Punjab Mental Hospital Lahore 1932-46 - 1932-1946
Year: 1932
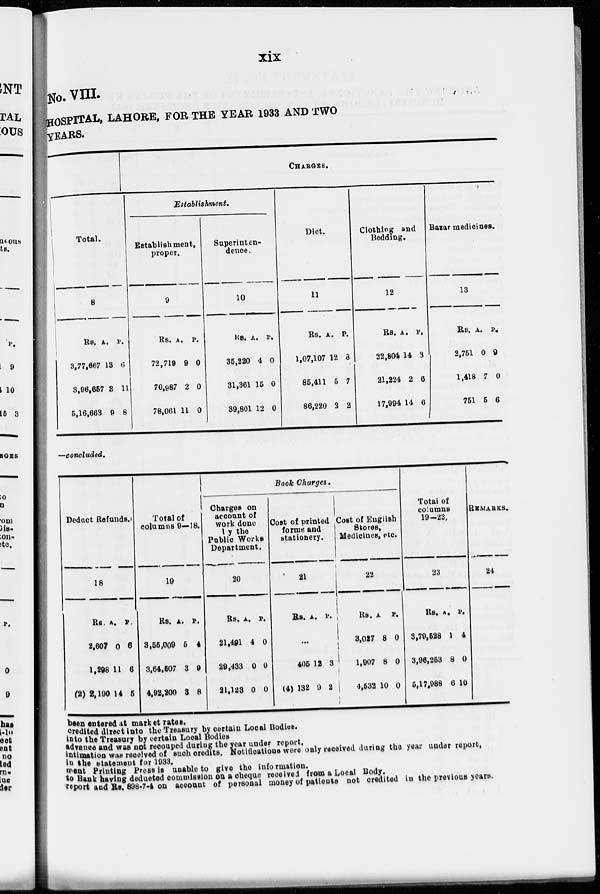
xix
No. VIII.
HOSPITAL, LAHORE, FOR THE YEAR 1933 AND TWO
YEARS.
Total.
8
Rs.
3,77,667
3,96,657
5,16,663
A.
13
3
9
P.
6
11
8
CHARGES.
Establishment.
Establishment,
proper.
9
Rs.
72,719
70,987
78,061
A.
9
2
11
P.
0
0
0
Superinten-
dence.
10
Rs.
35,220
31,361
39,801
A.
4
15
12
P.
0
0
0
Diet.
11
Rs.
1,07,107
85,411
86,220
A.
12
5
2
P.
8
7
2
Clothing and
Bedding.
12
Rs.
22,804
21,224
17,994
A.
14
2
14
P.
3
6
6
Bazar medicines.
13
Rs.
2,751
1,418
751
A.
0
7
5
P.
9
0
6
—concluded.
Deduct Refunds.
18
Rs.
2,607
1,298
(2) 2,190
A.
0
11
14
P.
6
6
5
Total of
columns 9—18.
19
Rs.
3,55,009
3,64,507
4,92,200
A.
5
3
3
P.
4
9
8
Book Charges.
Charges on
account of
work done
by the
Public Works
Department.
20
Rs.
21,491
29,433
21,123
A.
4
0
0
P.
0
0
0
Cost of printed
forms and
stationery.
21
Rs.
A. P.
...
405
(4) 132
12
9
3
2
Cost of English
Stores,
Medicines, etc
22
Rs.
3,027
1,907
4,532
A.
8
8
10
P.
0
0
0
Total of
columns
19-22.
23
Rs.
3,79,528
3,96,263
5,17,988
A.
1
8
6
P.
4
0
10
REMARKS.
24
been entered at market rates.
credited direct into the Treasury by certain Local Bodies.
into the Treasury by certain Local Bodies
advance and was not recouped during the year under report.
intimation was received of such credits. Notifications were only received during the year under report,
in the statement for 1933.
ment Printing Press is unable to give the information.
to Bank having deducted commission on a cheque received from a Local Body.
report and Rs. 898-7-4 on account of personal money of patients not credited in the previous years.